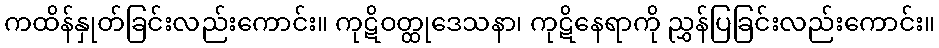
ကထိန်နှုတ်ခြင်းလည်းကောင်း။ ကုဋိဝတ္ထုဒေသနာ၊ ကုဋိနေရာကို ညွှန်ပြခြင်းလည်းကောင်း။